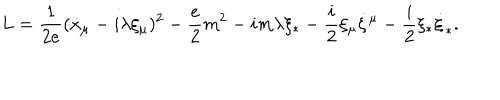
L = \frac { 1 } { 2 e } ( \dot { x } _ { \mu } - i \lambda \xi _ { \mu } ) ^ { 2 } - \frac { e } { 2 } m ^ { 2 } - i m \lambda \xi _ { * } - \frac { i } { 2 } \xi _ { \mu } \dot { \xi } { } ^ { \mu } - \frac { i } { 2 } \xi _ { * } \dot { \xi } _ { * } .